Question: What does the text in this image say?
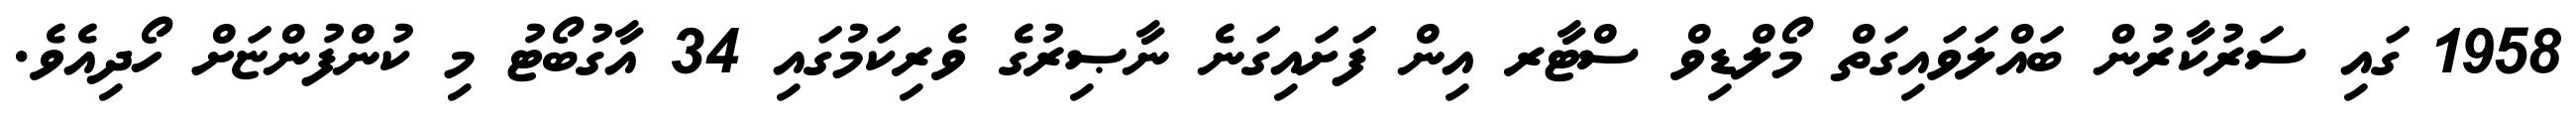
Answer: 1958 ގައި ސަރުކާރުން ބައްލަވައިގަތް މޯލްޑިވް ސްޓާރ އިން ފަށައިގަނެ ނާޞިރުގެ ވެރިކަމުގައި 34 އާގުބޯޓު މި ކުންފުންޏަށް ހޯދިއެވެ.